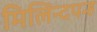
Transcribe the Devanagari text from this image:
मिलिन्दपन्ह